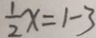
\frac { 1 } { 2 } x = 1 - 3